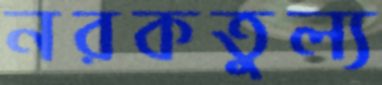
নরকতুল্য